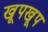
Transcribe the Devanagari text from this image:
खूपखूप